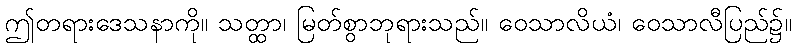
ဤတရားဒေသနာကို။ သတ္ထာ၊ မြတ်စွာဘုရားသည်။ ဝေသာလိယံ၊ ဝေသာလီပြည်၌။